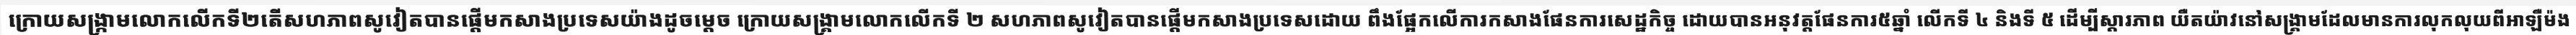
ក្រោយសង្ក្រាមលោកលើកទី២តើសហភាពសូវៀតបានផ្តើមកសាងប្រទេសយ៉ាងដូចម្តេច ក្រោយសង្គ្រាមលោកលើកទី ២ សហភាពសូវៀតបានផ្តើមកសាងប្រទេសដោយ ពឹងផ្អែកលើការកសាងផែនការសេដ្ឋកិច្ច ដោយបានអនុវត្តផែនការ៥ឆ្នាំ លើកទី ៤ និងទី ៥ ដើម្បីស្តារភាព យឺតយ៉ាវនៅសង្គ្រាមដែលមានការលុកលុយពីអាឡឺម៉ង